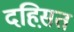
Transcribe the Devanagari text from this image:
दहिस़त